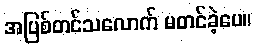
အပြစ်တင်သလောက် မတင်ခဲ့ပေ။